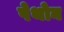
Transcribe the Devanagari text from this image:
पेथोन